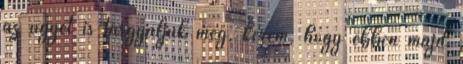
az ügyét is tárgyaljuk meg, kérem, hogy ebben majd